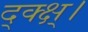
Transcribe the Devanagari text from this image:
द्क्क्ष्।